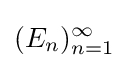
(E_{n})_{n=1}^{\infty }